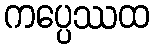
ကပ္ပေဿထ